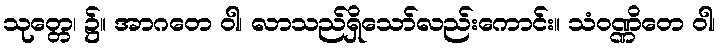
သုတ္တေ၊ ၌။ အာဂတေ ဝါ၊ လာသည်ရှိသော်လည်းကောင်း။ သံဝဏ္ဏိတေ ဝါ၊